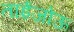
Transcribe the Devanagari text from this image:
ताईजोऊ